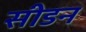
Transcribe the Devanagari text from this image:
सीडन